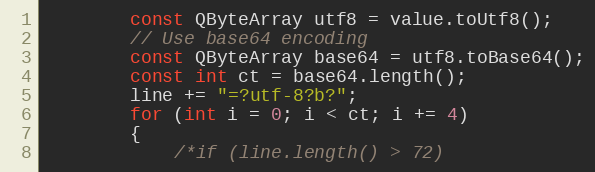
Language: C++
        const QByteArray utf8 = value.toUtf8();
        // Use base64 encoding
        const QByteArray base64 = utf8.toBase64();
        const int ct = base64.length();
        line += "=?utf-8?b?";
        for (int i = 0; i < ct; i += 4)
        {
            /*if (line.length() > 72)